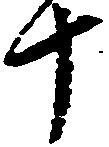
十